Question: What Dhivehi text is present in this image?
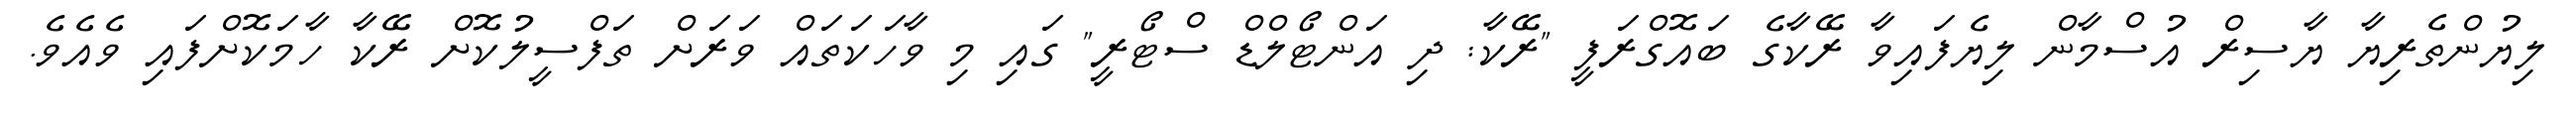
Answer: ލިޔުންތެރިޔާ ޔާސިރް އުސްމާން ލިޔެފައިވާ ރޭކާގެ ބައޮގްރަފީ "ރޭކާ: ދި އަންޓޯލްޑް ސްޓޯރީ" ގައި މި ވާހަކަތައް ވަރަށް ތަފްސީލުކޮށް ރޭކާ ހާމަކޮށްފައި ވެއެވެ.